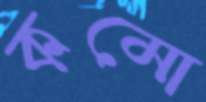
কমো